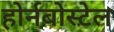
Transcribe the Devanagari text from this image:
होर्नबोस्टेल